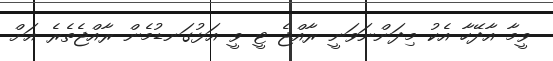
ވީމާ އާދޭހާ އެކު މިދަންނަވަނީ ރާއްޖެ ޓީ ވީ އަޅުގަނޑުމެން ރާއްޖެތެރެ އަށް